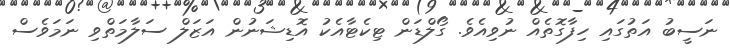
ނަސީބު އަތުގައި ހިފާގޮތެއް ނުވިއެވެ. ގޯލްޑަން ޓިކެޓާއެކު އޮޑިޝަނުން އަޒަލް ސަލާމަތްވި ނަމަވެސް